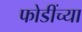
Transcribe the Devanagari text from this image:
फोडींच्या